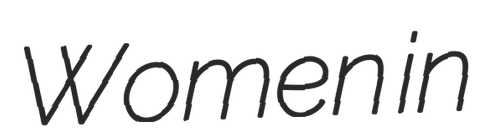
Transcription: Women in